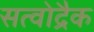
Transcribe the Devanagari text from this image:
सत्वोद्रैक